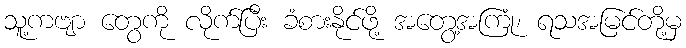
သူ့ကဗျာ တွေကို လိုက်ပြီး ခံစားနိုင်ဖို့ အတွေ့အကြုံ၊ ရသအမြင်တို့မှ